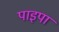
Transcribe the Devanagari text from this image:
पाइपा